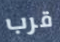
قرب